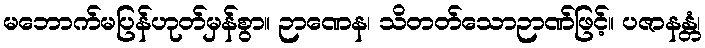
မဘောက်မပြန်ဟုတ်မှန်စွာ။ ဉာဏေန၊ သိတတ်သောဉာဏ်ဖြင့်။ ပဇာနန္တံ၊